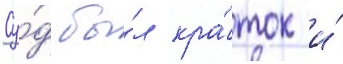
Су́д бы́л кра́ток и́